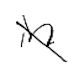
Text: in
Cross-out: diagonal
Writing tool: digital_black